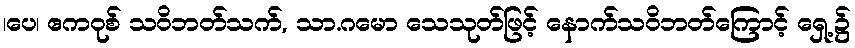
၊ပေ၊ ဧကဝုစ် သဝိဘတ်သက်, သာ.ဂမော သေသုတ်ဖြင့် နောက်သဝိဘတ်ကြောင့် ရှေ့၌